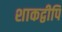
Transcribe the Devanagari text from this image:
शाकद्वीपि